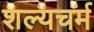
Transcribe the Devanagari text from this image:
शल्यचर्म